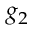
g _ { 2 }